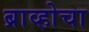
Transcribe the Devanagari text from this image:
ब्राव्होचा